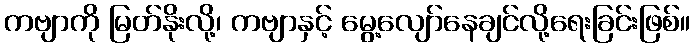
ကဗျာကို မြတ်နိုးလို့၊ ကဗျာနှင့် မွေ့လျော်နေချင်လို့ရေးခြင်းဖြစ်။